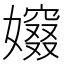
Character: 𡢷